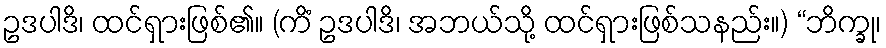
ဥဒပါဒိ၊ ထင်ရှားဖြစ်၏။ (ကိံ ဥဒပါဒိ၊ အဘယ်သို့ ထင်ရှားဖြစ်သနည်း။) “ဘိက္ခု၊